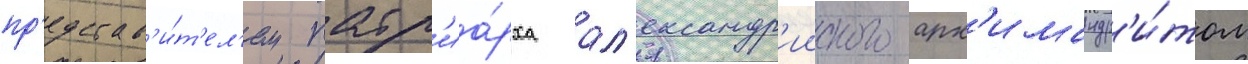
пр'едстав'и́т'ел'ем патр'иа́рха ал'ександр'ииского арх'имандр'и́том